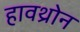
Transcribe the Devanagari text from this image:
हावथ्रोन